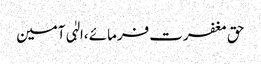
حق مغفرت فرمائے ،الہٰی آمین